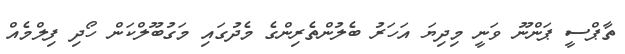
ތާޕްސީ ޕަންނޫ ވަނީ މިދިޔަ އަހަރު ބެލުންތެރިންގެ މެދުގައި މަގުބޫލްކަން ހޯދި ފިލްމެއް